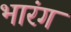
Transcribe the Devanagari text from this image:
भारंग